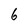
Character: 6